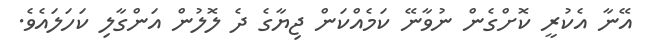
އޭނާ އެކުރީ ކޮށްގެން ނުވާނޭ ކަމެއްކަން ޖިޔާގެ ދެ ލޮލުން އަންގާލި ކަހަލައެވެ.